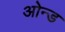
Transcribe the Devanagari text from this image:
ओन्ड